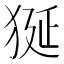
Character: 狿